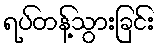
ရပ်တန့်သွားခြင်း